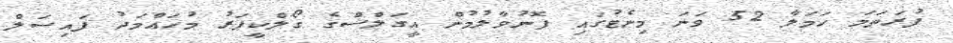
ފުރަތަމަ ހަމަލާ 52 ވަނަ މިނެޓުގައި ފޮނުވާލުމުން އީގަލްސްގެ ގޯލްކީޕަރު މުހައްމަދު ފައިސަލް